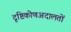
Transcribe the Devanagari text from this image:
दृष्टिकोणअदालतों